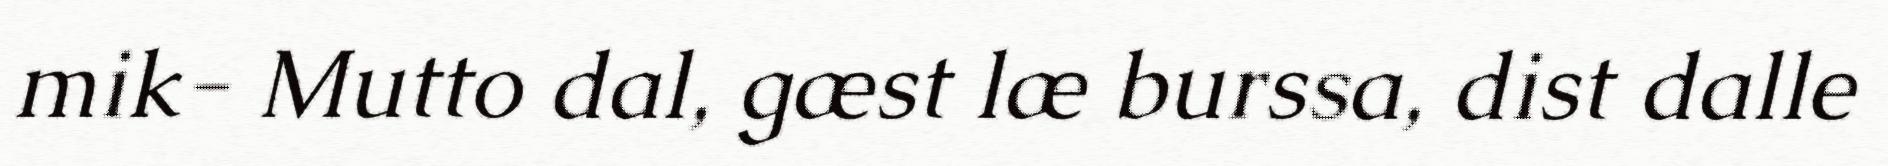
mik- Mutto dal, gæst læ burssa, dist dalle